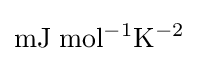
{\rm {mJ\;mol^{-1}K^{-2}}}